Report on vaccination North-West Frontier Province 1904-1922 - 1904-1922
Year: 1904
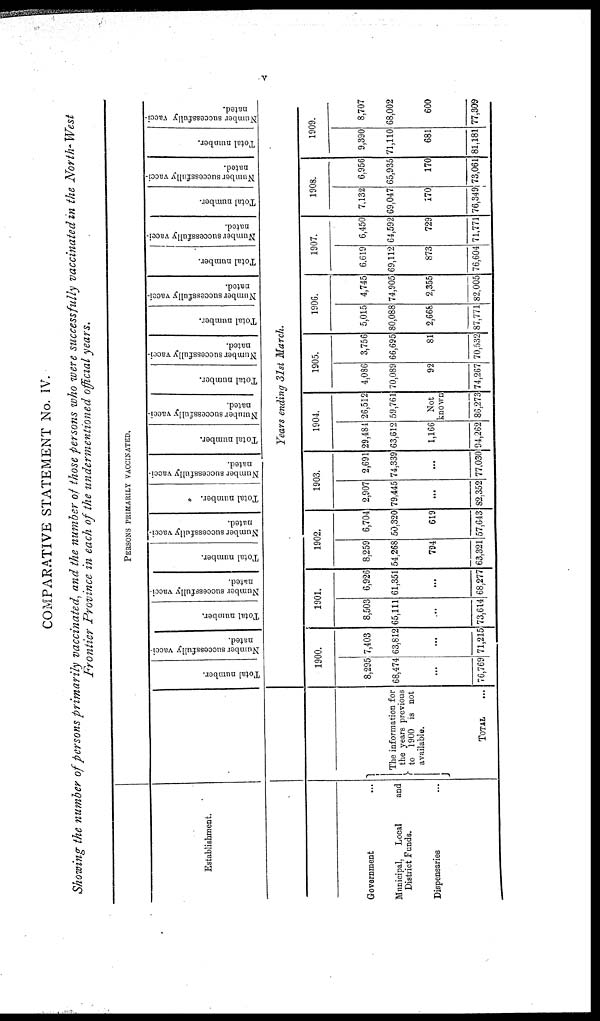
v
COMPARATIVE STATEMENT No. IV.
Showing the number of persons primarily vaccinated, and the number of those persons who were successfully vaccinated in the North-West
Frontier Province in each of the undermentioned official years.
Establishment.
Government ...
Municipal, Local
and
District Funds.
Dispensaries ...
PERSONS PRIMARILY VACCINATED.
The information for
the years previous
to 1900 is not
available.
TOTAL ...
Total number.
Number successfully vacci-
nated.
Total number.
Number successfully vacci-
nated.
Total number.
Number successfully vacci-
nated.
Total number.
Number successfully vacci-
nated.
Total number.
Number successfully vacci-
nated.
Total number.
Number successfully vacci-
nated.
Total number.
Number successfully vacci-
nated.
Total number.
Number successfully vacci-
nated.
Total number.
Number successfully vacci-
nated.
Total number.
Number successfully vacci-
nated.
Years ending 31st March.
1900.
8,295
68,474
...
76,769
7,403
63,812
...
71,215
1901.
8,503
65,111
...
73,614
6,926
61,351
...
68,277
1902.
8,259
54,268
794
63,321
6,704
50,320
619
57,643
1903.
2,907
79,445
...
82,352
2,691
74,339
...
77,030
1904.
29,484
63,612
1,166
94,262
26,512
59,761
Not
known
86,273
1905.
4,086
70,089
92
74,267
3,756
66,695
81
70,532
1906.
5,015
80,088
2,668
87,771
4,745
74,905
2,355
82,005
1907.
6,619
69,112
873
76,604
6,450
64,592
729
71,771
1908.
7,132
69,047
170
76,349
6,956
65,935
170
73,061
1909.
9,390
71,110
681
81,181
8,707
68,002
600
77,309